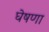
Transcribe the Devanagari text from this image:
घेषणा